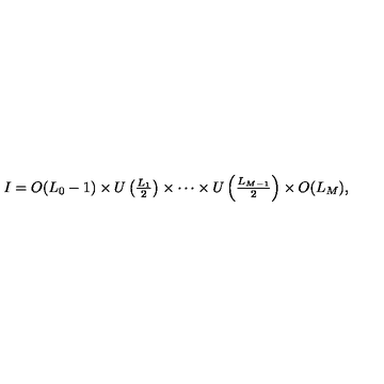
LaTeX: I = O ( L _ { 0 } - 1 ) \times U \left( { \textstyle \frac { L _ { 1 } } { 2 } } \right) \times \cdots \times U \left( { \textstyle \frac { L _ { M - 1 } } { 2 } } \right) \times O ( L _ { M } ) ,